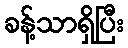
ခန့်သာရှိပြီး